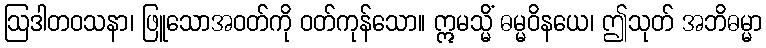
ဩဒါတဝသနာ၊ ဖြူသောအဝတ်ကို ဝတ်ကုန်သော။ ဣမသ္မိံ ဓမ္မဝိနယေ၊ ဤသုတ် အဘိဓမ္မာ